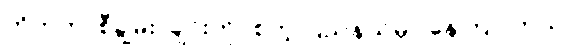
တိဘက်၊ စီချွမ်း၊ ချင်းဟိုင်စတဲ့ ပြည်နယ်မှာ နေကြပါတယ်။